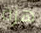
هزة